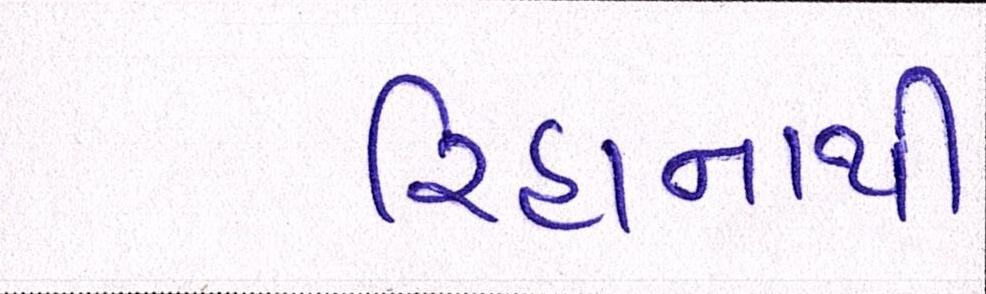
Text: રિહાનાથી